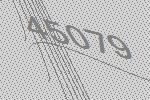
45079